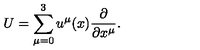
U = \sum _ { \mu = 0 } ^ { 3 } u ^ { \mu } ( x ) \frac { \partial } { \partial x ^ { \mu } } .